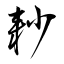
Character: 耖